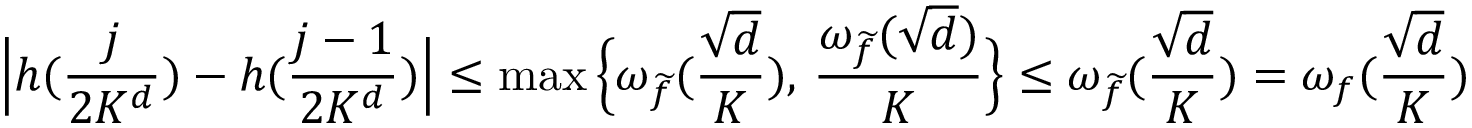
\Big | h ( \frac { j } { 2 K ^ { d } } ) - h ( \frac { j - 1 } { 2 K ^ { d } } ) \Big | \le \operatorname* { m a x } \Big \{ \omega _ { \widetilde { f } } ( \frac { \sqrt { d } } { K } ) , \, \frac { \omega _ { \widetilde { f } } ( { \sqrt { d } } ) } { K } \Big \} \le \omega _ { \widetilde { f } } ( \frac { \sqrt { d } } { K } ) = \omega _ { f } ( \frac { \sqrt { d } } { K } )